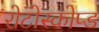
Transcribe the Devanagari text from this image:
रोटोस्कोप्ड